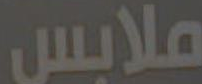
ملابس